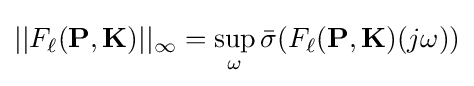
||F_{\ell }(\mathbf {P} ,\mathbf {K} )||_{\infty }=\sup _{\omega }{\bar {\sigma }}(F_{\ell }(\mathbf {P} ,\mathbf {K} )(j\omega ))